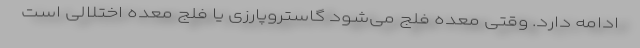
ادامه دارد. وقتی معده فلج می‌شود گاستروپارزی یا فلج معده اختلالی است